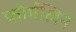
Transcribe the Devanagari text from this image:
फोर्मलिन